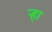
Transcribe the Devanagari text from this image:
र्‍हा